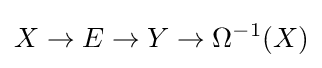
X\to E\to Y\to \Omega ^{-1}(X)